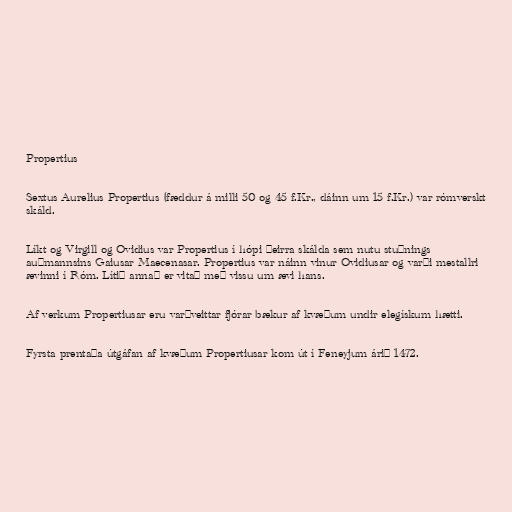
Propertius

Sextus Aurelius Propertius (fæddur á milli 50 og 45 f.Kr., dáinn um 15 f.Kr.) var rómverskt
skáld.

Líkt og Virgill og Ovidius var Propertius í hópi þeirra skálda sem nutu stuðnings
auðmannsins Gaiusar Maecenasar. Propertius var náinn vinur Ovidiusar og varði mestallri
ævinni í Róm. Lítið annað er vitað með vissu um ævi hans.

Af verkum Propertiusar eru varðveittar fjórar bækur af kvæðum undir elegískum hætti.

Fyrsta prentaða útgáfan af kvæðum Propertiusar kom út í Feneyjum árið 1472.